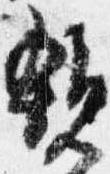
親